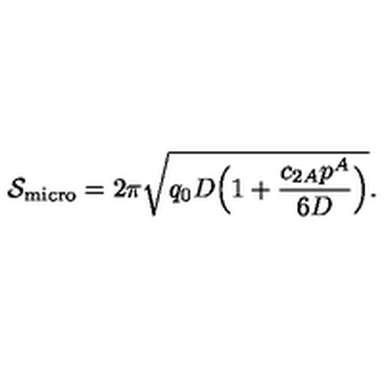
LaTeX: { \cal S } _ { \mathrm { m i c r o } } = 2 \pi \sqrt { q _ { 0 } D \Big ( 1 + { \frac { c _ { 2 A } p ^ { A } } { 6 D } } \Big ) } .